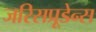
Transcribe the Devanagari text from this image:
जरिसप्रूडेन्स